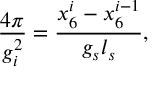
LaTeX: \frac { 4 \pi } { g _ { i } ^ { 2 } } = \frac { x _ { 6 } ^ { i } - x _ { 6 } ^ { i - 1 } } { g _ { s } l _ { s } } ,